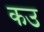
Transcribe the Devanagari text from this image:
कउ